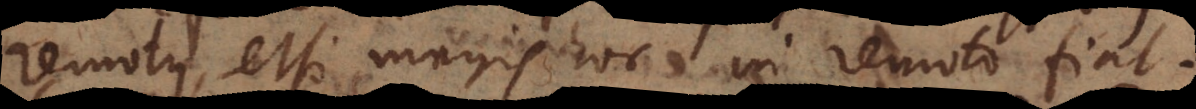
remotus, etsi magis hoc in remoto fiat.